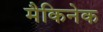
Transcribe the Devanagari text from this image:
मैकिनेक